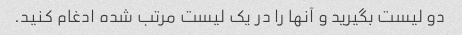
دو لیست بگیرید و آنها را در یک لیست مرتب شده ادغام کنید.